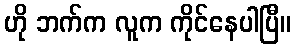
ဟို ဘက်က လူက ကိုင်နေပါပြီ။